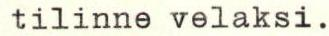
tilinne velaksi.